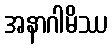
အနာဂါမိဿ